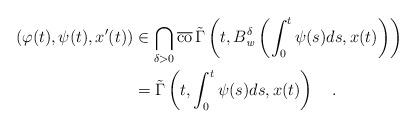
LaTeX: \begin{align*}(\varphi(t),\psi(t),x'(t))& \in \bigcap_{\delta>0}\overline{\mathrm{co}}\,\tilde{\Gamma}\left(t,B^\delta_\mathit{w}\left( \int_0^t\psi(s)ds,x(t) \right) \right) \\& =\tilde{\Gamma}\left(t,\int_0^t\psi(s)ds,x(t) \right) \quad.\end{align*}